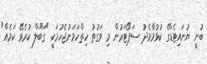
ބުނީ ޔުނައިޓެޑްގެ ކުުޅުމާމެދު ސަޕޯޓަރުން މި ވަގުތު ހިތްހަމަނުޖެހުމަކީ "ގަބޫލް ކުރެވޭ ކަމެއް"